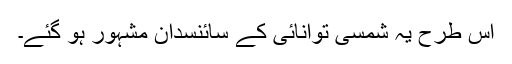
اس طرح یہ شمسی توانائی کے سائنسدان مشہور ہو گئے۔